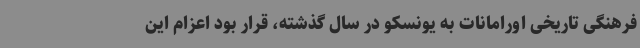
فرهنگی تاریخی اورامانات به یونسکو در سال گذشته، قرار بود اعزام این